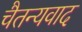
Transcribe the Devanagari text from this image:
चैतन्यवाद